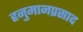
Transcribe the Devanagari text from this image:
हनुमानप्रसाद